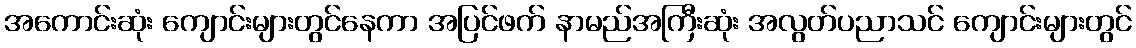
အကောင်းဆုံး ကျောင်းများတွင်နေကာ အပြင်ဖက် နာမည်အကြီးဆုံး အလွတ်ပညာသင် ကျောင်းများတွင်